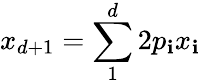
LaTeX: x_{d+1}=\sum_{1}^{d}2p_{\mathbf{i}}x_{\mathbf{i}}